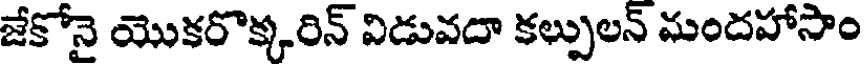
జేకోనై యొకరొక్కరిన్ విడువదా కల్పులన్ మందహాసాం